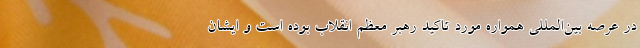
در عرصه بین‌المللی همواره مورد تاکید رهبر معظم انقلاب بوده است و ایشان